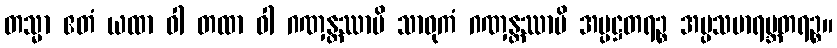
တသ္မာ ဧတံ ယထာ ဝါ တထာ ဝါ ဂဏှန္တဿာပိ သာဓုကံ ဂဏှန္တဿာပိ အပ္ပဋ္ဌတရဉ္စ အပ္ပသမာရမ္ဘတရဉ္စ။